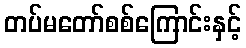
တပ်မတော်စစ်ကြောင်းနှင့်